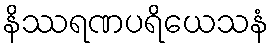
နိဿရဏပရိယေသနံ